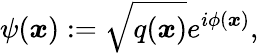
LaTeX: \psi(\boldsymbol x):=\sqrt{q(\boldsymbol x)}e^{i\phi(\boldsymbol x)},